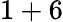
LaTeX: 1+6